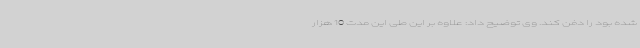
شده بود را دفن کند. وی توضیح داد: علاوه بر این طی این مدت 10 هزار